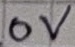
Text: 0V